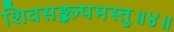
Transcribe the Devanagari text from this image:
शिवसङ्कल्पमस्तु॥४॥